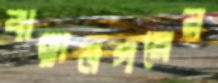
বাঞ্ছানগরের